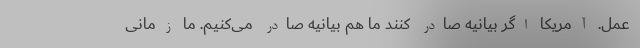
عمل. آمریکا اگر بیانیه صادر کنند ما هم بیانیه صادر می‌کنیم. ما زمانی